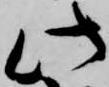
此